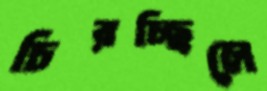
চিরচ্ছিলে